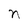
Character: n